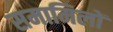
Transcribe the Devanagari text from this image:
समामिलों